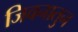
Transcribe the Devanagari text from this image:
जिवनातुन